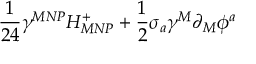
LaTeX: \frac { 1 } { 2 4 } \gamma ^ { M N P } H _ { M N P } ^ { + } + \frac { 1 } { 2 } \sigma _ { a } \gamma ^ { M } \partial _ { M } \phi ^ { a }